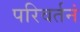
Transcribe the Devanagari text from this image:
परिवर्तनं